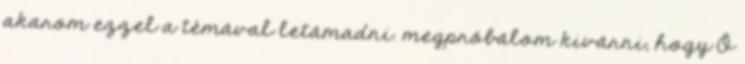
akarom ezzel a témával letámadni. megpróbálom kivárni, hogy Õ